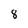
Character: 8